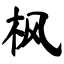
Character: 枫